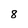
Character: 8